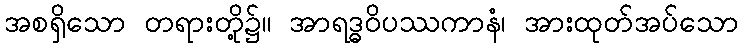
အစရှိသော တရားတို့၌။ အာရဒ္ဓဝိပဿကာနံ၊ အားထုတ်အပ်သော